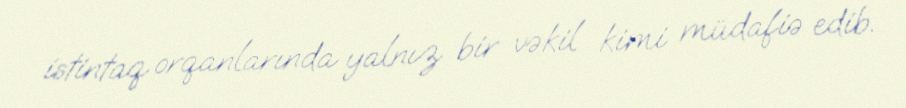
istintaq orqanlarında yalnız bir vəkil kimi müdafiə edib.